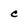
Character: c